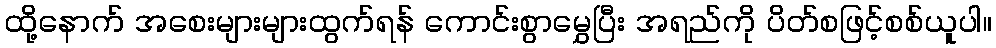
ထို့နောက် အစေးများများထွက်ရန် ကောင်းစွာမွှေပြီး အရည်ကို ပိတ်စဖြင့်စစ်ယူပါ။